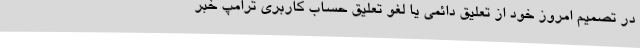
در تصمیم امروز خود از تعلیق دائمی یا لغو تعلیق حساب کاربری ترامپ خبر